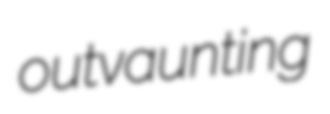
outvaunting